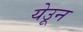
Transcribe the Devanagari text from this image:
येउून